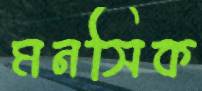
মনসিক